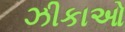
ઝીકાઓ